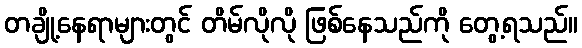
တချို့နေရာများတွင် တိမ်လိုလို ဖြစ်နေသည်ကို တွေ့ရသည်။